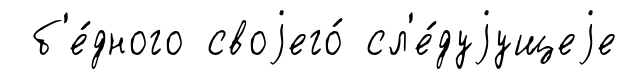
б'е́дного своjего́ сл'е́дуjущеjе